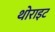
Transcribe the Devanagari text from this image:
थोराइट